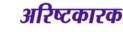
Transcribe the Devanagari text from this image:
अरिष्टकारक